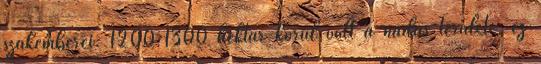
szakemberei. 1200-1300 hektár körül volt a nádas területe, ez